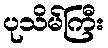
ပုသိမ်ကြီး